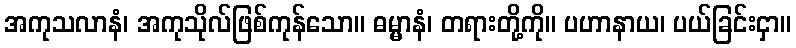
အကုသလာနံ၊ အကုသိုလ်ဖြစ်ကုန်သော။ ဓမ္မာနံ၊ တရားတို့ကို။ ပဟာနာယ၊ ပယ်ခြင်းငှာ။